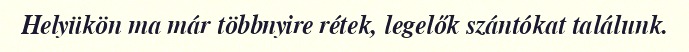
Helyükön ma már többnyire rétek, legelők szántókat találunk.